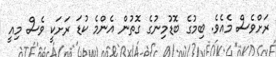
ރަށްވެސް މެއެވެ. ބިމުގެ ބޮޑުމިނުގެ ގޮތުން އެންމެ ކުޑަ ރަށަކީ ވެސް މިއީ